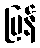
ပြန်